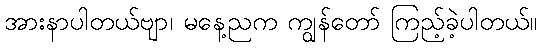
အားနာပါတယ်ဗျာ၊ မနေ့ညက ကျွန်တော် ကြည့်ခဲ့ပါတယ်။